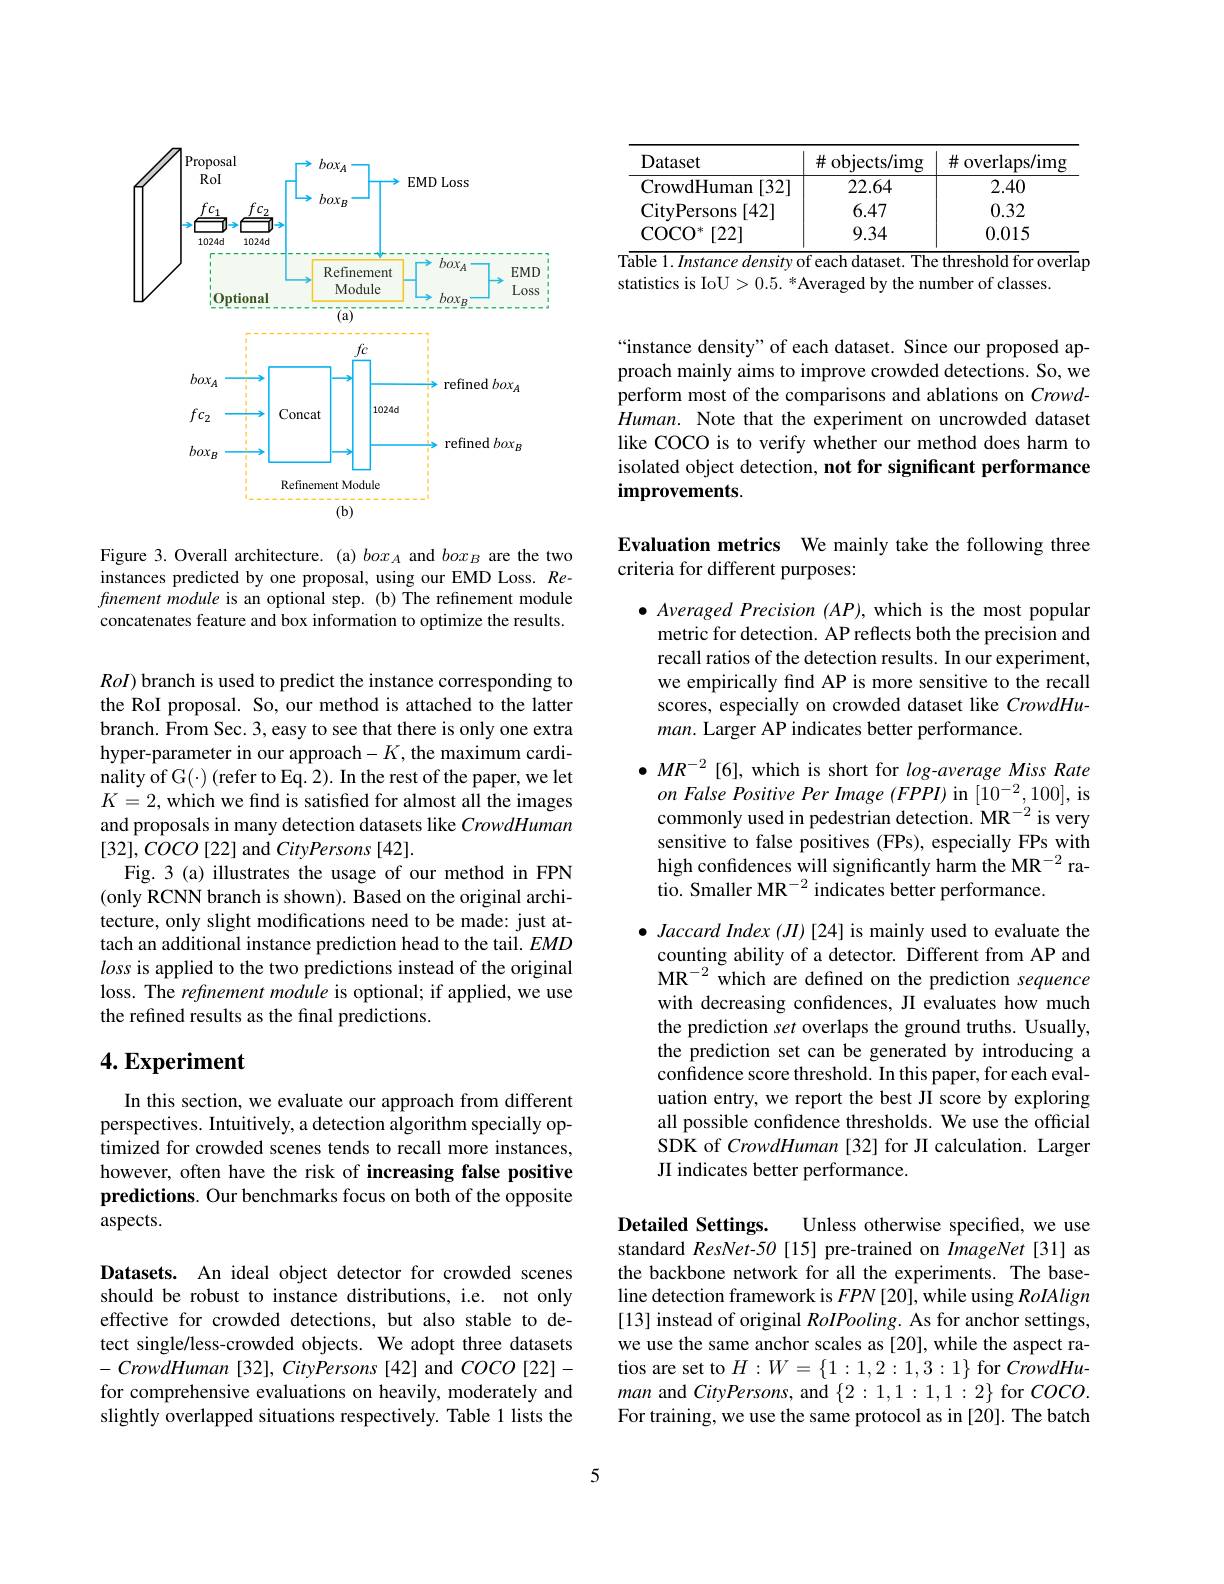
<FigureHere>

Figure 3. Overall architecture. (a) $box_A$ and $box_B$ are the two instances predicted by one proposal, using our EMD Loss. Refinement module is an optional step. (b) The refinement module concatenates feature and box information to optimize the results.

$RoI)$ branch is used to predict the instance corresponding to the RoI proposal. So, our method is attached to the latter branch. From Sec. 3, easy to see that there is only one extra hyper-parameter in our approach-$K$, the maximum cardinality of G(·) (refer to Eq. 2). In the rest of the paper, we let $K=2$, which we find is satisfied for almost all the images and proposals in many detection datasets like CrowdHuman $[32],COCO[22]$ and CityPersons [42].
Fig. 3 (a) illustrates the usage of our method in FPN (only RCNN branch is shown). Based on the original architecture, only slight modifications need to be made: just attach an additional instance prediction head to the tail. $EMD$ loss is applied to the two predictions instead of the original loss. The refinement module is optional; if applied, we use the refined results as the final predictions.

## $4. \textbf{Experiment}$

In this section, we evaluate our approach from different perspectives. Intuitively, a detection algorithm specially optimized for crowded scenes tends to recall more instances, however, often have the risk of increasing false positive predictions. Our benchmarks focus on both of the opposite aspects.

Datasets. An ideal object detector for crowded scenes should be robust to instance distributions, i.e. not only effective for crowded detections, but also stable to detect single/less-crowded objects. We adopt three datasets $-CrowdHuman[32],CityPersons[42]$ and $COCO[22]-$ for comprehensive evaluations on heavily, moderately and slightly overlapped situations respectively. Table 1 lists the

<table>
	<tbody>
		<tr>
			<th>Dataset</th>
			<th>井 objects/ img</th>
			<th>井 overlaps/ $/\mathrm{im}_{\xi}$</th>
		</tr>
		<tr>
			<td>CrowdHuman [32]</td>
			<td>22.64</td>
			<td>2.40</td>
		</tr>
		<tr>
			<td>CityPersons [42]</td>
			<td></td>
			<td>0.32</td>
		</tr>
		<tr>
			<td>$\operatorname{COCO}$ [22] </td>
			<td>9.34</td>
			<td>0.015</td>
		</tr>
	</tbody>
</table>
Table 1. Instance density of each dataset. The threshold for overlap

statistics is IoU > 0.5. * Averaged by the number of classes.

“instance density” of each dataset. Since our proposed approach mainly aims to improve crowded detections. So, we perform most of the comparisons and ablations on CrowdHuman. Note that the experiment on uncrowded dataset like COCO is to verify whether our method does harm to isolated object detection, not for significant performance improvements.

Evaluation metrics We mainly take the following three
criteria for different purposes:

$\bullet$ Averaged Precision (AP),which is the most popular
metric for detection. AP reflects both the precision and recall ratios of the detection results. In our experiment, we empirically find AP is more sensitive to the recall scores, especially on crowded dataset like CrowdHuman. Larger AP indicates better performance.

$\bullet MR^{-2}$ [6], which is short for log-average Miss Rate
on False Positive Per Image (FPPI) in [10°2,100], is commonly used in pedestrian detection. MR$^{-2}$ is very sensitive to false positives (FPs), especially FPs with high confdences will significantly harm the MR$^{-2}$ ratio. Smaller MR$^-2$ indicates better performance.

$\bullet \textit{ Jaccard Index ( JI) [ 24] is mainly used to evaluate the}$ counting ability of a detector. Different from AP and MR$^{-2}$which are defined on the prediction sequence with decreasing confidences, JI evaluates how much the prediction set overlaps the ground truths. Usually, the prediction set can be generated by introducing a confidence score threshold. In this paper, for each evaluation entry, we report the best JI score by exploring all possible confidence thresholds. We use the official SDK of CrowdHuman [32] for JI calculation. Larger JI indicates better performance.

## Detailed Settings.

Unless otherwise specified, we use
standard ResNet-50[15] pre-trained on ImageNet[31] as the backbone network for all the experiments. The baseline detection framework is $FPN\left[20\right]$, while using RoIAlign [13] instead of original RoIPooling. As for anchor settings we use the same anchor scales as [20], while the aspect ratios are set to $H:W=\{1:1,2:1,3:1\}$ for $CrowdHu-$ man and CityPersons, and $\{2:1,1:1,1:2\}$ for $COCO.$ For training, we use the same protocol as in [20]. The batch

5